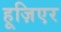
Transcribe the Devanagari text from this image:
हूज़िएर